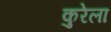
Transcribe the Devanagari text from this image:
कुरेला